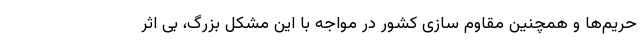
حریم‌ها و همچنین مقاوم سازی کشور در مواجه با این مشکل بزرگ، بی اثر